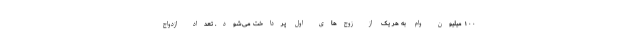
۱۰۰ میلیون وام به هر یک از زوج‌های اول پرداخت می‌شود. تعداد ازدواج